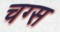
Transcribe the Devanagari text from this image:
चग्स